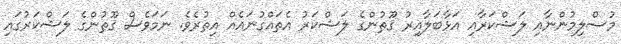
މުސްލިމުންނާއި ލަޝްކަރާއި އަޅާބަލާއިރު ޤޫޠުންގެ ލަޝްކަރު އެތައްގުނައެއް އިތުރެވެ. ނަމަވެސް ޤޫޠުންގެ ލަޝްކަރުގައި